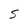
Character: S